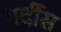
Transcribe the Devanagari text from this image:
गर्दीस